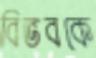
বিভবকে